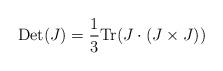
LaTeX: \begin{align*}{\rm Det}(J)=\frac{1}{3}{\rm Tr}(J\cdot(J \times J))\end{align*}